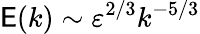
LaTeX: \mathsf{E}(k)\sim\varepsilon^{2/3}k^{-5/3}